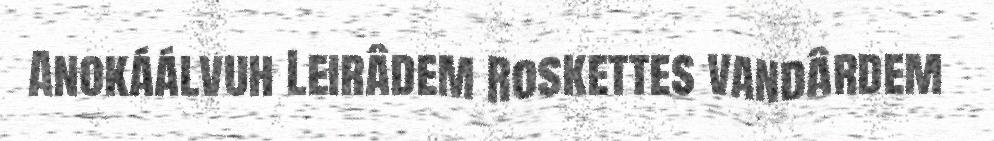
Anokáálvuh Leirâdem Roskettes vandârdem